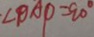
\angle B A P = 9 0 ^ { \circ }